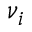
\nu _ { i }